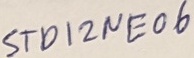
Text: STD12NE06